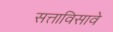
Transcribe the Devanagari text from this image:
सत्ताविसावे